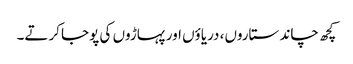
کچھ چاند ستاروں، دریاؤں اور پہاڑوں کی پوجا کرتے۔